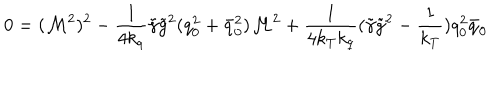
LaTeX: 0 = ( { \cal M } ^ { 2 } ) ^ { 2 } - \frac 1 { 4 k _ { q } } \tilde { \gamma } \tilde { g } ^ { 2 } ( q _ { 0 } ^ { 2 } + \bar { q } _ { 0 } ^ { 2 } ) { \cal M } ^ { 2 } + \frac 1 { 4 k _ { T } k _ { q } } ( \tilde { \gamma } \tilde { g } ^ { 2 } - \frac 1 { k _ { T } } ) q _ { 0 } ^ { 2 } \bar { q } _ { 0 }